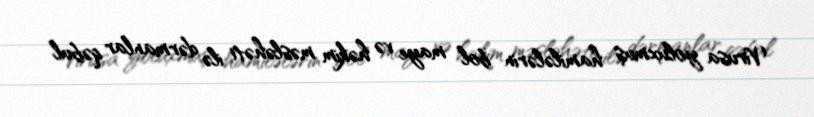
Virusa yoluxmuş hamilələrin bol maye və həkim məsləhəti ilə dərmanlar qəbul